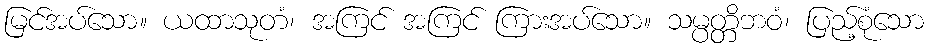
မြင်အပ်သော။ ယထာသုတံ၊ အကြင် အကြင် ကြားအပ်သော။ သမ္ပတ္တိဘဝံ၊ ပြည့်စုံသော